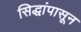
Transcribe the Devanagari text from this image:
सिद्धांपासून